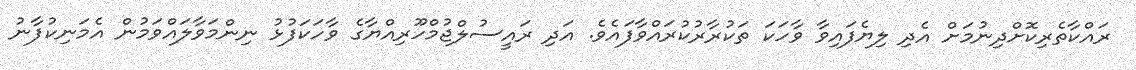
ރައްކާތެރިކޮށްދިނުމަށް އެދި ލިޔެފައިވާ ވާހަކަ ތަކުރާރުކުރައްވާފައެވެ. އަދި ރައީސުލްޖުމްހޫރިއްޔާގެ ވާހަކަފުޅު ނިންމަވާލައްވަމުން އެމަނިކުފާނު